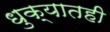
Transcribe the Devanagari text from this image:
धुक्यातही